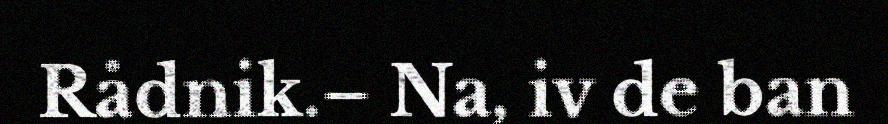
Rådnik.– Na, iv de ban